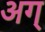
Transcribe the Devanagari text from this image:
अग्